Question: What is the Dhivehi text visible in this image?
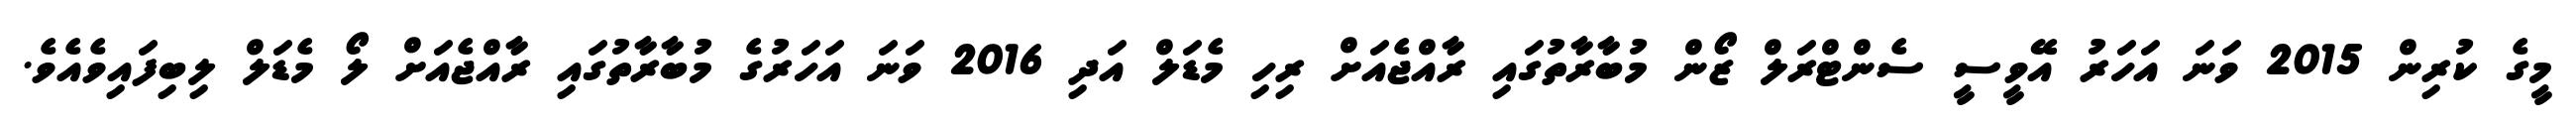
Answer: މީގެ ކުރިން 2015 ވަނަ އަހަރު އޭވީސީ ސެންޓްރަލް ޒޯން މުބާރާތުގައި ރާއްޖެއަށް ރިހި މެޑަލް އަދި 2016 ވަނަ އަހަރުގެ މުބާރާތުގައި ރާއްޖެއަށް ލޯ މެޑަލް ލިބިފައިވެއެވެ.